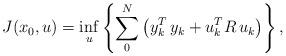
LaTeX: \begin{align*} J(x_0,u) =\inf_u \left \{ \displaystyle \sum_0^{N} \left ( y_k^T\,y_k+u_k^TR\,u_k \right) \right \},\end{align*}